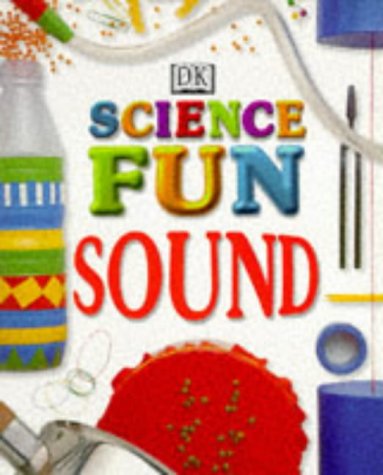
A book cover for Sound (Fun with Science); Neil Ardley; Children's Books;